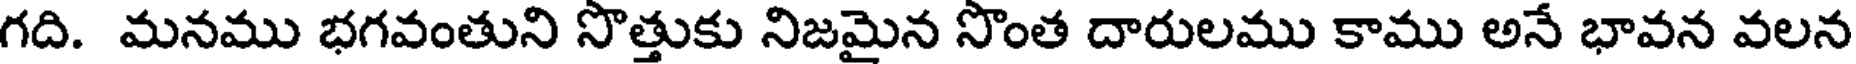
గది. మనము భగవంతుని సొత్తుకు నిజమైన సొంత దారులము కాము అనే భావన వలన